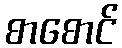
စာစောင်